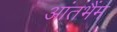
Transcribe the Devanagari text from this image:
आंतभैंम